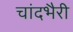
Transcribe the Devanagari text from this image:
चांदभैरी